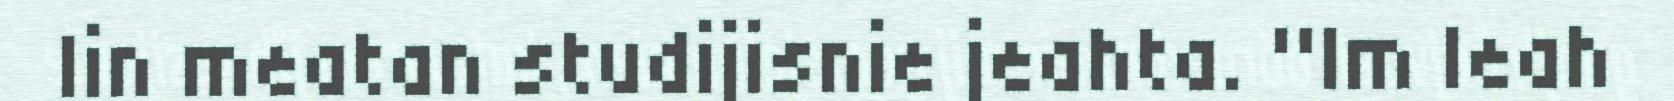
lin meatan studijisnie jeahta. "Im leah